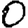
Digit: 0